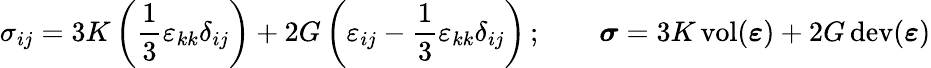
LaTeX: \sigma_{ij}=3K\left({\frac{1}{3}}\varepsilon_{kk}\delta_{ij}\right)+2G\left(\varepsilon_{ij}-{\frac{1}{3}}\varepsilon_{kk}\delta_{ij}\right)\, ;\qquad{\boldsymbol{\sigma}}=3K\operatorname{vol}({\boldsymbol{\varepsilon}})+2G\operatorname{dev}({\boldsymbol{\varepsilon}})